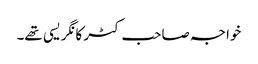
خواجہ صاحب کٹر کانگریسی تھے۔